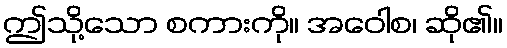
ဤသို့သော စကားကို။ အဝေါစ၊ ဆို၏။